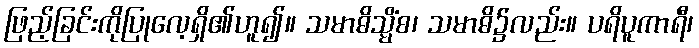
ဖြည့်ခြင်းကိုပြုလေ့ရှိ၏ဟူ၍။ သမာဓိသ္မိံစ၊ သမာဓိ၌လည်း။ ပရိပူကာရီ၊